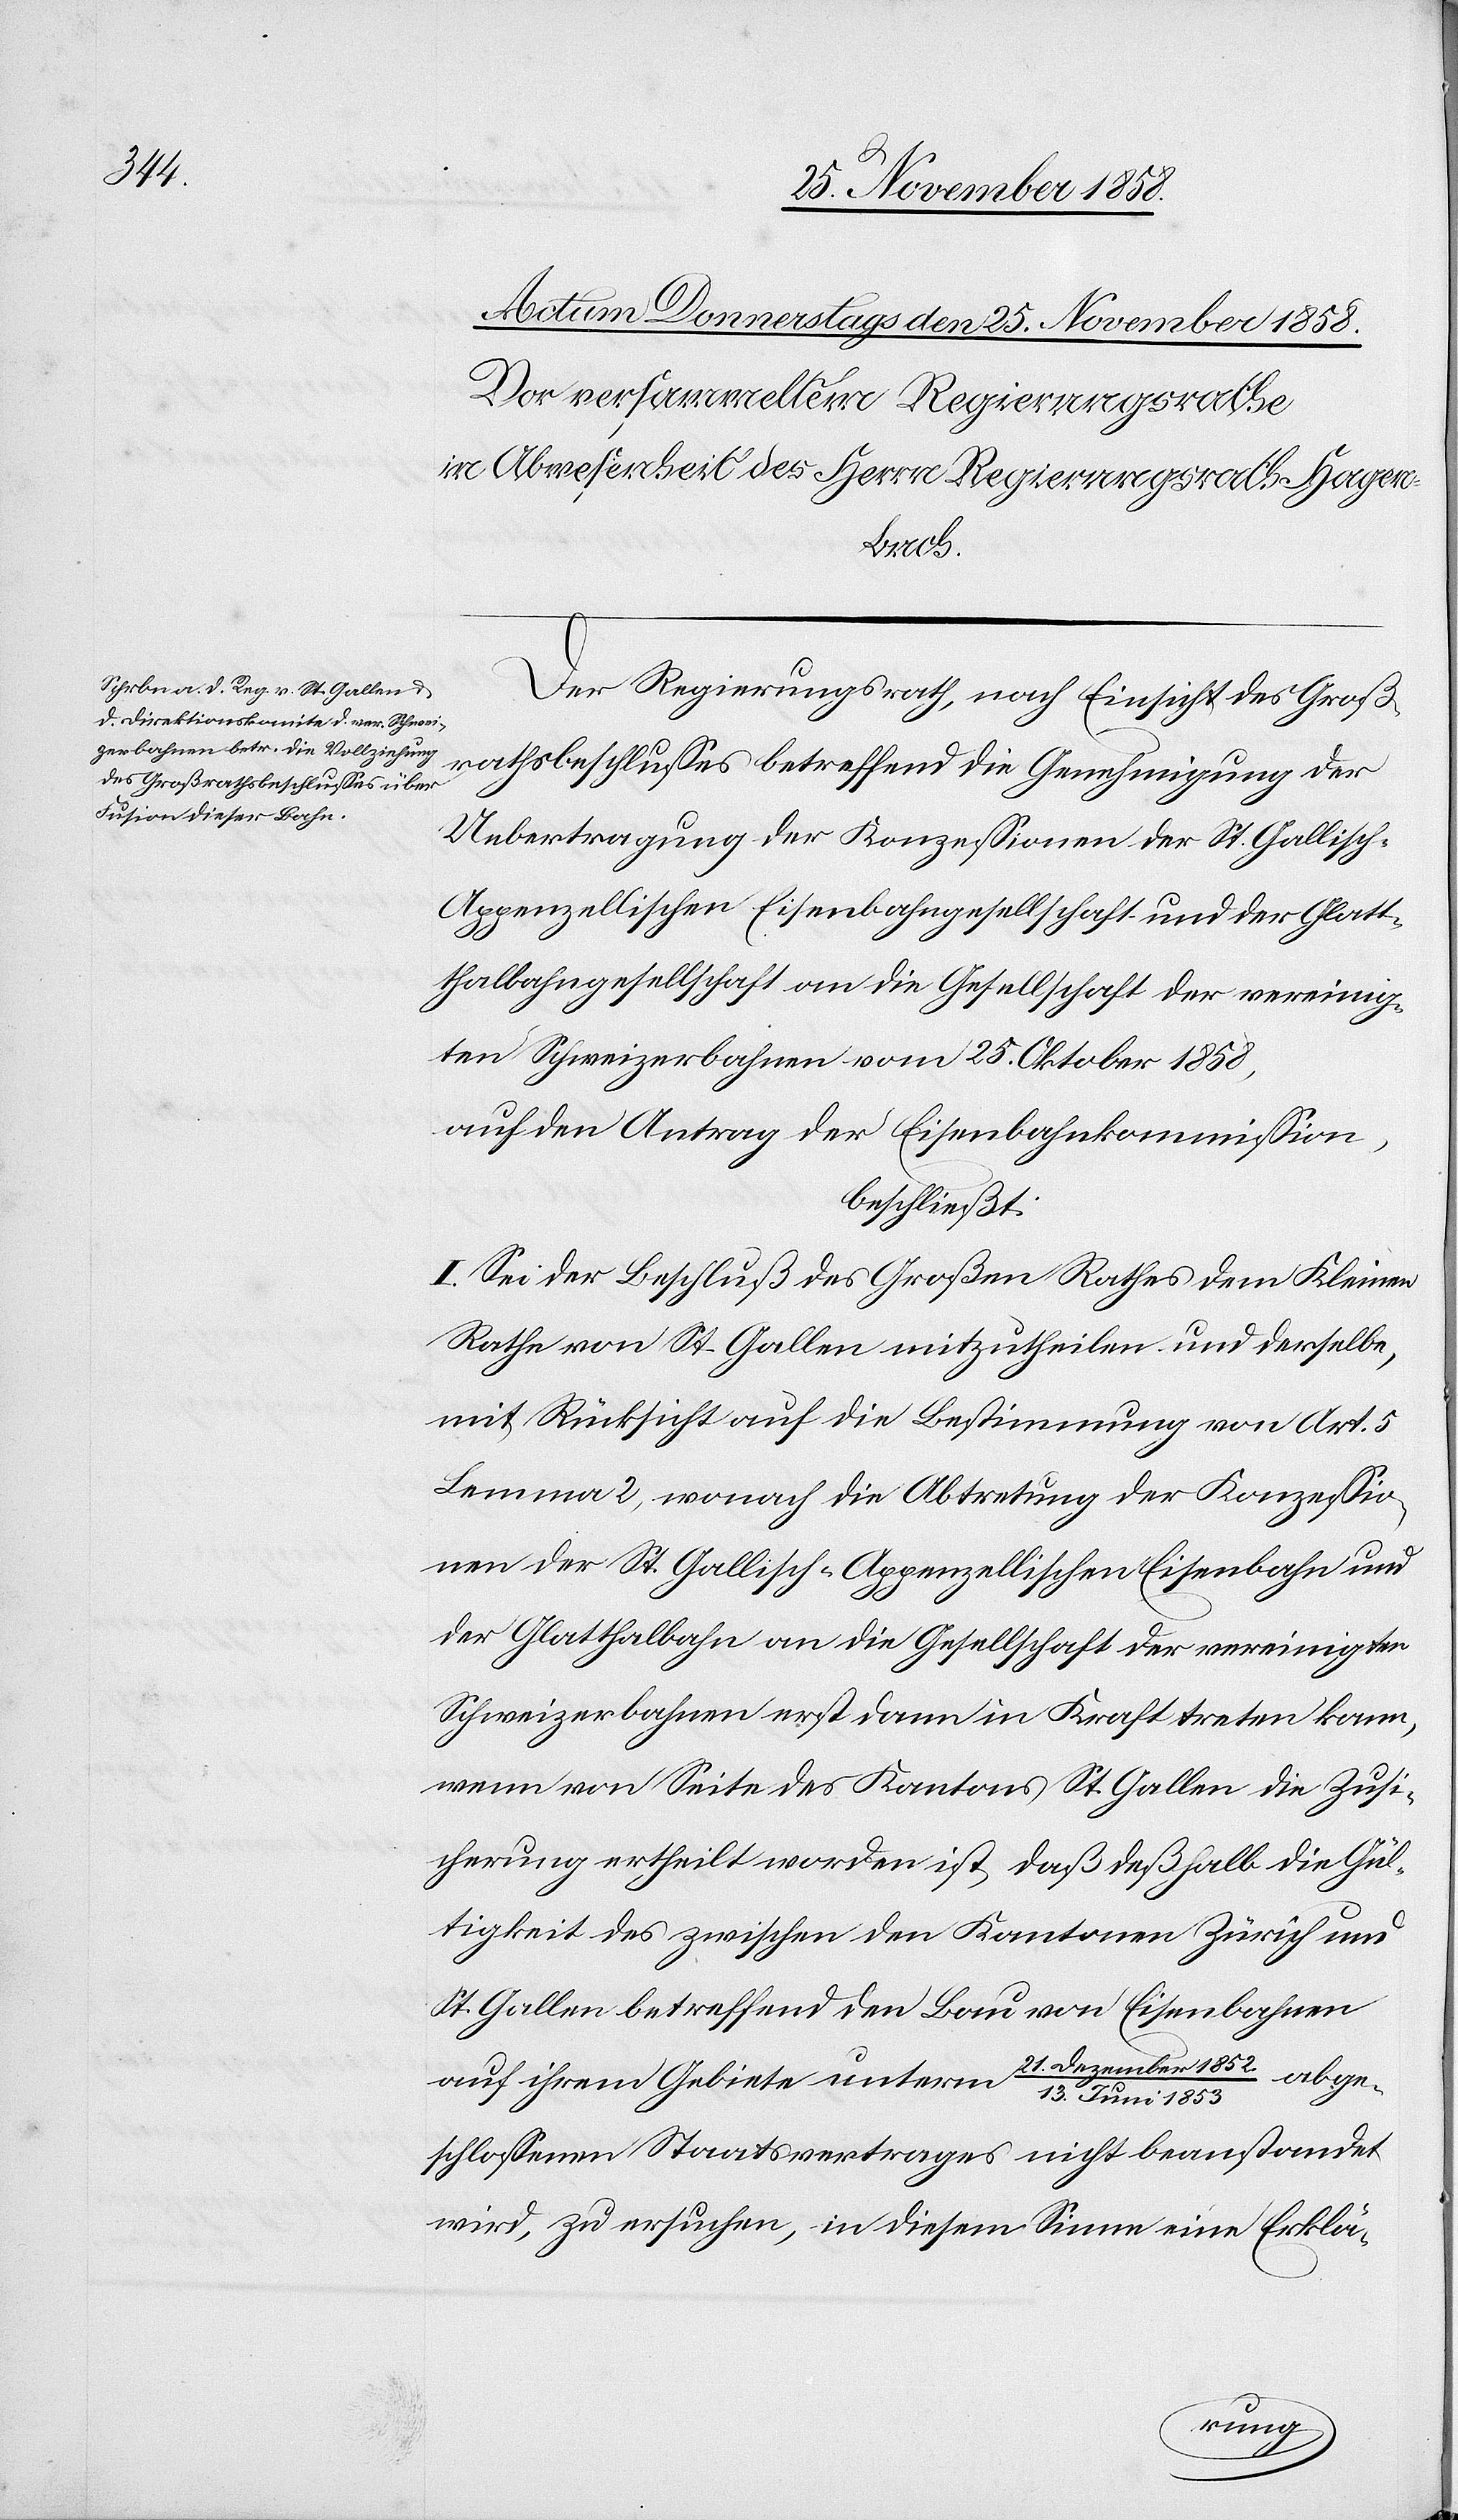
Der Regierungsrath, nach Einsicht des Groß¬
rathsbeschlusses betreffend die Genehmigung der
Uebertragung der Konzessionen der St. Gallisch-A¬
ppenzellischen Eisenbahngesellschaft und der Glatt¬
thalbahngesellschaft an die Gesellschaft der vereinig¬
ten Schweizerbahnen vom 25. Oktober 1858,
auf den Antrag der Eisenbahnkommission,
beschließt:
I. Sei der Beschluß des Großen Rathes dem Kleinen
Rathe von St. Gallen mitzutheilen und derselbe,
mit Rücksicht auf die Bestimmung von Art. 5
Lemma 2, wonach die Abtretung der Konzessio¬
nen der St. Gallisch-Appenzellischen Eisenbahn und
der Glatthalbahn an die Gesellschaft der vereinigten
Schweizerbahnen erst dann in Kraft treten kann,
wenn von Seite des Kantons St. Gallen die Zusi¬
cherung ertheilt worden ist, daß deßhalb die Gül¬
tigkeit des zwischen den Kantonen Zürich und
St. Gallen betreffend den Bau von Eisenbahnen
auf ihrem Gebiete unterm 21. Dezember 1852
abge¬
13. Juni 1853
schlossenen Staatsvertrages nicht beanstandet
wird, zu ersuchen, in diesem Sinne eine Erklä-